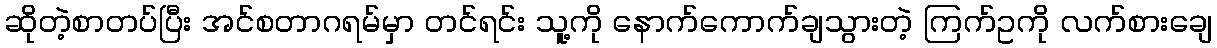
ဆိုတဲ့စာတပ်ပြီး အင်စတာဂရမ်မှာ တင်ရင်း သူ့ကို နောက်ကောက်ချသွားတဲ့ ကြက်ဥကို လက်စားချေ